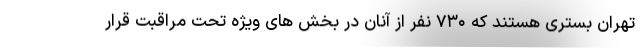
تهران بستری هستند که ۷۳۰ نفر از آنان در بخش های ویژه تحت مراقبت قرار